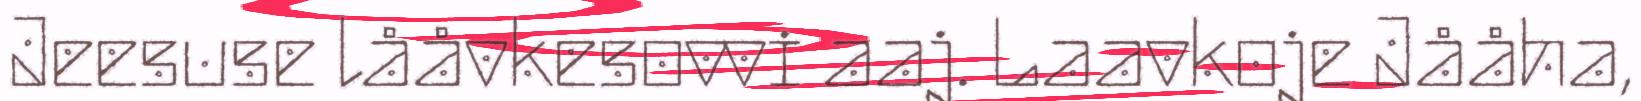
Jeesuse lååvkesovvi aaj. Laavkoje Jååha,